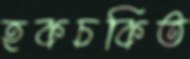
হকচকিত